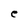
Character: e